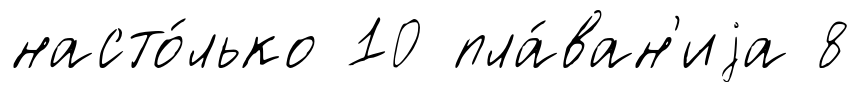
насто́лько 10 пла́ван'иjа 8